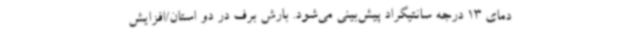
دمای 13 درجه سانتیگراد پیش‌بینی می‌شود. بارش برف در دو استان/افزایش